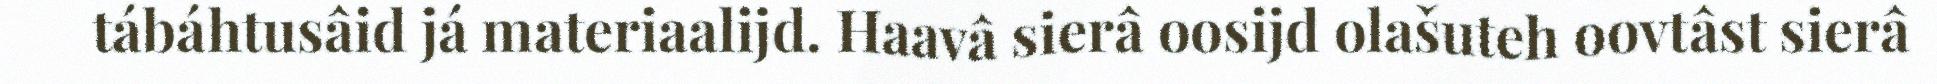
tábáhtusâid já materiaalijd. Haavâ sierâ oosijd olašuteh oovtâst sierâ